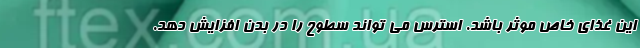
این غذای خاص موثر باشد. استرس می تواند سطوح را در بدن افزایش دهد.